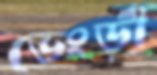
ভেংড়ী